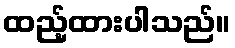
ထည့်ထားပါသည်။